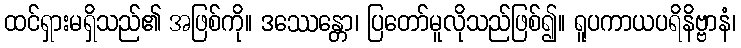
ထင်ရှားမရှိသည်၏ အဖြစ်ကို။ ဒဿေန္တော၊ ပြတော်မူလိုသည်ဖြစ်၍။ ရူပကာယပရိနိဗ္ဗာနံ၊